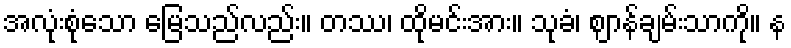
အလုံးစုံသော မြေသည်လည်း။ တဿ၊ ထိုမင်းအား။ သုခံ၊ ဈာန်ချမ်းသာကို။ န